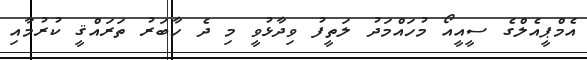
އެމްޕީއެލްގެ ސީއީއޯ މުހައްމަދު ލަތީފު ވިދާޅުވީ މި ދެ ހާބަރު ތަރައްޤީ ކުރުމާއި